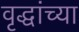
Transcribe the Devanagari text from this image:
वृद्धांच्या